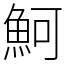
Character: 魺